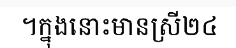
។ក្នុងនោះមានស្រី២៤